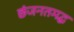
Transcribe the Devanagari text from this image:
छंजनतमद्ध